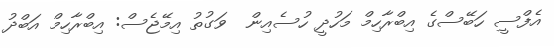
އެފްސީ ހަބޭސްގެ އިބްރާހިމް މަހުދީ ހުސެއިން  ވަގުތު އިމޭޖެސް: އިބްރާހިމް އަބްދު